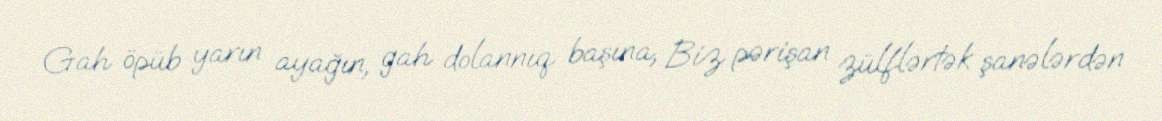
Gah öpüb yarın ayağın, gah dolannıq başına, Biz pərişan zülflərtək şanələrdən